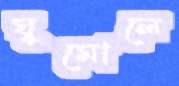
ঘুমোলে